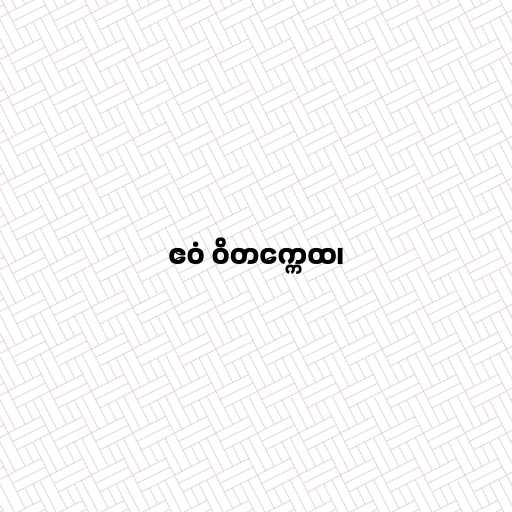
ဧဝံ ဝိတက္ကေထ၊